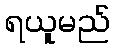
ရယူမည်